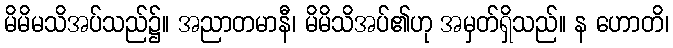
မိမိမသိအပ်သည်၌။ အညာတမာနီ၊ မိမိသိအပ်၏ဟု အမှတ်ရှိသည်။ န ဟောတိ၊